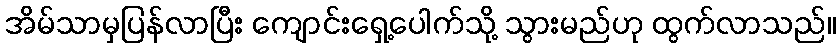
အိမ်သာမှပြန်လာပြီး ကျောင်းရှေ့ပေါက်သို့ သွားမည်ဟု ထွက်လာသည်။